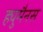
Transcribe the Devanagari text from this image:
ह्युमैनस